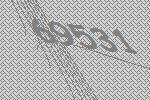
69531